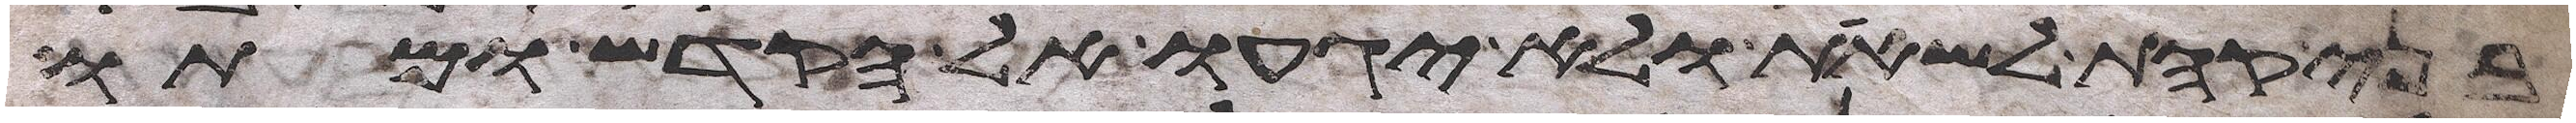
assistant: בני קהת לשאת ולא יגעו אל הקדש ומתו